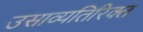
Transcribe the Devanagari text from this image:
उसाव्यतिरिक्त